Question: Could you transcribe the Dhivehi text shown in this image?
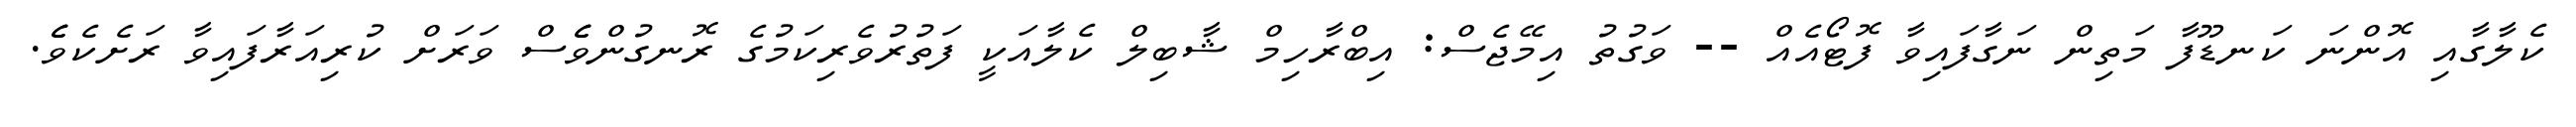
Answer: ކެލާގާއި އޮންނަ ކަނޑޫފާ މަތިން ނަގާފައިވާ ފޮޓޯއެއް -- ވަގުތު އިމޭޖެސް: އިބްރާހިމް ޝާބިލް ކެލާއަކީ ފަތުރުވެރިކަމުގެ ރޮނގުންވެެސް ވަރަށް ކުރިއަރާފައިވާ ރަށެކެވެެ.